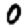
Digit: 0